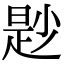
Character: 尟